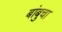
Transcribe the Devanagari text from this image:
बांबुचा